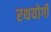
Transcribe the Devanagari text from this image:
रथयोगी